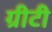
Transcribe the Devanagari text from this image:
ग्रीटी